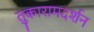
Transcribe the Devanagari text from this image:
तुकारामदर्शन